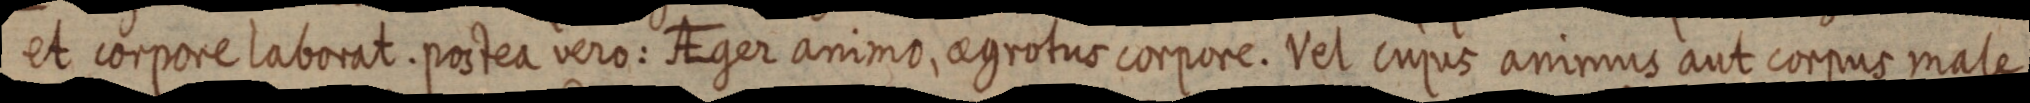
et corpore laborat. postea vero: AEger animo, aegrotus corpore. Vel cujus animus aut corpus male